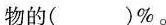
物的()%。